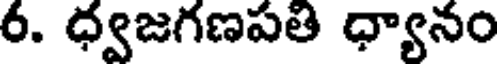
6. ధ్వజగణపతి ధ్యానం